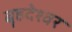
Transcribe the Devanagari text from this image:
बॄहदेश्वर